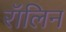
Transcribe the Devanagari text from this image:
रॉलिन